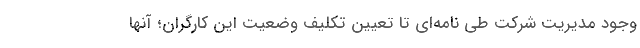
وجود مدیریت شرکت طی نامه‌ای تا تعیین تکلیف وضعیت این کارگران؛ آنها